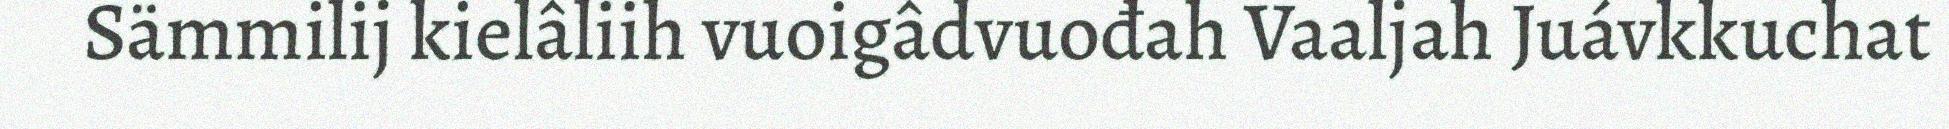
Sämmilij kielâliih vuoigâdvuođah Vaaljah Juávkkuchat